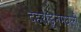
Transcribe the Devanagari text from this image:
देहराडूनमधली